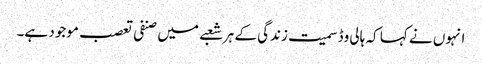
انہوں نے کہا کہ ہالی وڈ سمیت زندگی کے ہر شعبے میں صنفی تعصب موجود ہے۔